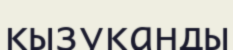
қызуқанды